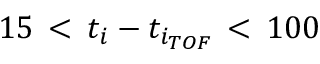
1 5 \, < \, t _ { i } - t _ { i _ { T O F } } \, < \, 1 0 0